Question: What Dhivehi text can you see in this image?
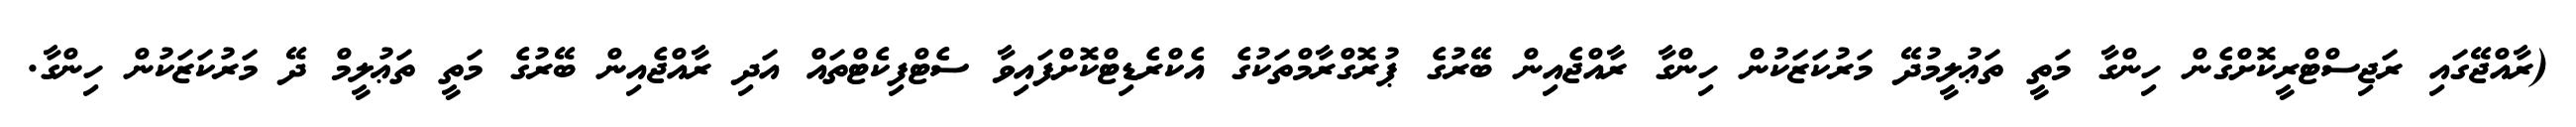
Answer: (ރާއްޖޭގައި ރަޖިސްޓްރީކޮށްގެން ހިންގާ މަތީ ތަޢުލީމުދޭ މަރުކަޒަކުން ހިންގާ ރާއްޖެއިން ބޭރުގެ ޕުރޮގްރާމްތަކުގެ އެކްރެޑިޓްކޮށްފައިވާ ސެޓްފިކެޓްތައް އަދި ރާއްޖެއިން ބޭރުގެ މަތީ ތަޢުލީމް ދޭ މަރުކަޒަކުން ހިންގާ.